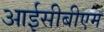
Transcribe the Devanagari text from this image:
आईसीबीएम